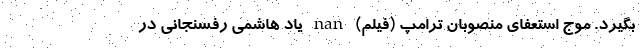
بگیرد. موج استعفای منصوبان ترامپ (فیلم) nan یاد هاشمی رفسنجانی در